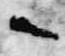
々